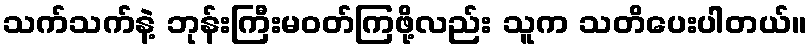
သက်သက်နဲ့ ဘုန်းကြီးမဝတ်ကြဖို့လည်း သူက သတိပေးပါတယ်။